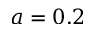
a = 0 . 2